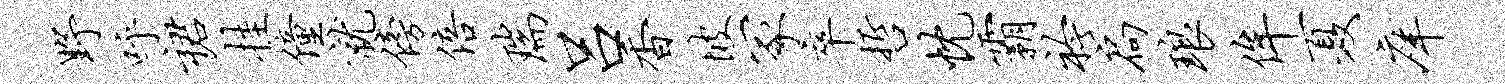
野呼裙挂僮就傍倍瑞吕香坡冢卒哲忱霸衿扃琅侔夏庠